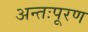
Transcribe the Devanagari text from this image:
अन्तःपूरण